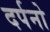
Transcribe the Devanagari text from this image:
दर्पनो